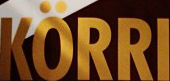
KORRI